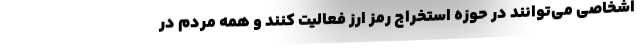
اشخاصی می‌توانند در حوزه استخراج رمز ارز فعالیت کنند و همه مردم در